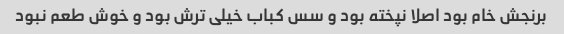
برنجش خام بود اصلا نپخته بود و سس کباب خیلی ترش بود و خوش طعم نبود